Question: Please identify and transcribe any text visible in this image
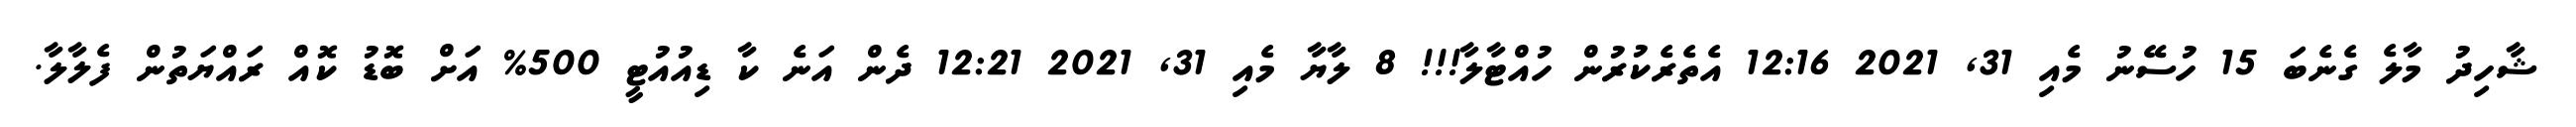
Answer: ޝާހިދު މާލެ ގެނެބަ 15 ހުސޭނު މެއި 31, 2021 12:16 އެތެރެކުރުން ހުއްޓާލާ!!! 8 ލާޔާ މެއި 31, 2021 12:21 ދެން އަނެ ކާ ޑިއުއުޓީ 500% އަށް ބޮޑު ކޮއް ރައްޔަތުން ފެލާލާ.